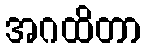
အဂထိတာ